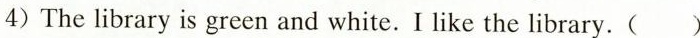
4)The library is green and white. I like the library.( )